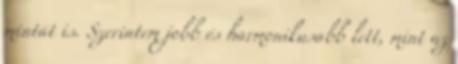
mintát is. Szerintem jobb és harmonikusabb lett, mint az